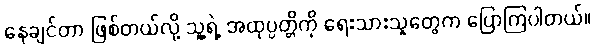
နေချင်တာ ဖြစ်တယ်လို့ သူ့ရဲ့ အထုပ္ပတ္တိကို ရေးသားသူတွေက ပြောကြပါတယ်။